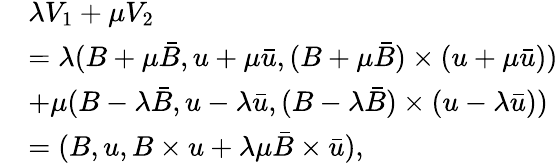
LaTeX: \begin{array}{rl}&{\lambda V_{1}+\mu V_{2}}\\ &{=\lambda(B+\mu\bar{B},u+\mu\bar{u},(B+\mu\bar{B})\times(u+\mu\bar{u}))}\\ &{+\mu(B-\lambda\bar{B},u-\lambda\bar{u},(B-\lambda\bar{B})\times(u-\lambda\bar{u}))}\\ &{=(B,u,B\times u+\lambda\mu\bar{B}\times\bar{u}),}\end{array}